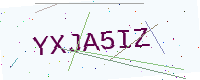
Text: YXJA5IZ